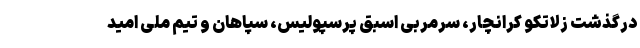
درگذشت زلاتکو کرانچار، سرمربی اسبق پرسپولیس، سپاهان و تیم ملی امید